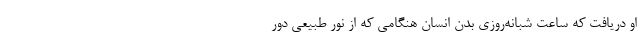
او دریافت که ساعت شبانه‌روزی بدن انسان هنگامی که از نور طبیعی دور